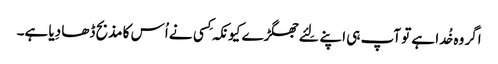
اگر وہ خُدا ہے تو آپ ہی اپنے لِئے جھگڑے کیونکہ کِسی نے اُس کا مذبح ڈھا دِیا ہے۔